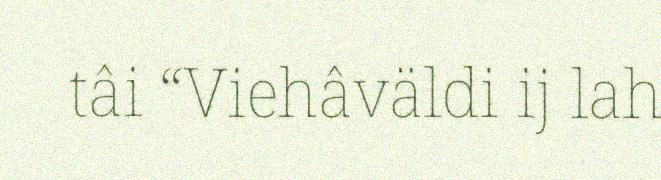
tâi “Viehâväldi ij lah